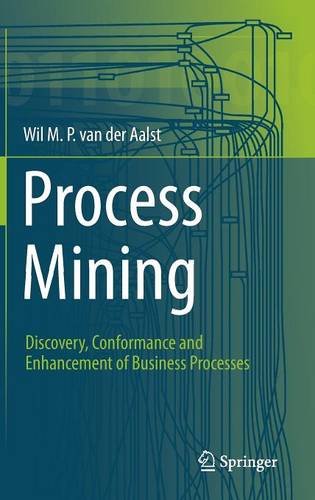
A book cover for Process Mining: Discovery, Conformance and Enhancement of Business Processes; Wil van der Aalst; Computers & Technology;